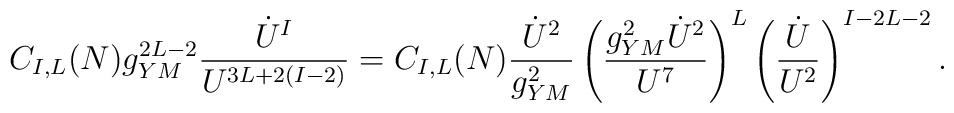
C_{I,L}(N)g^{2L-2}_{YM}{\dot U^I\over U^{3L+2(I-2)}}=C_{I,L}(N){\dot U^2\over g^2_{YM}}\left ({g^2_{YM}\dot U^2\over U^{7}}\right )^L\left ({\dot U\over U^2}\right )^{I-2L-2}.